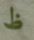
ظ